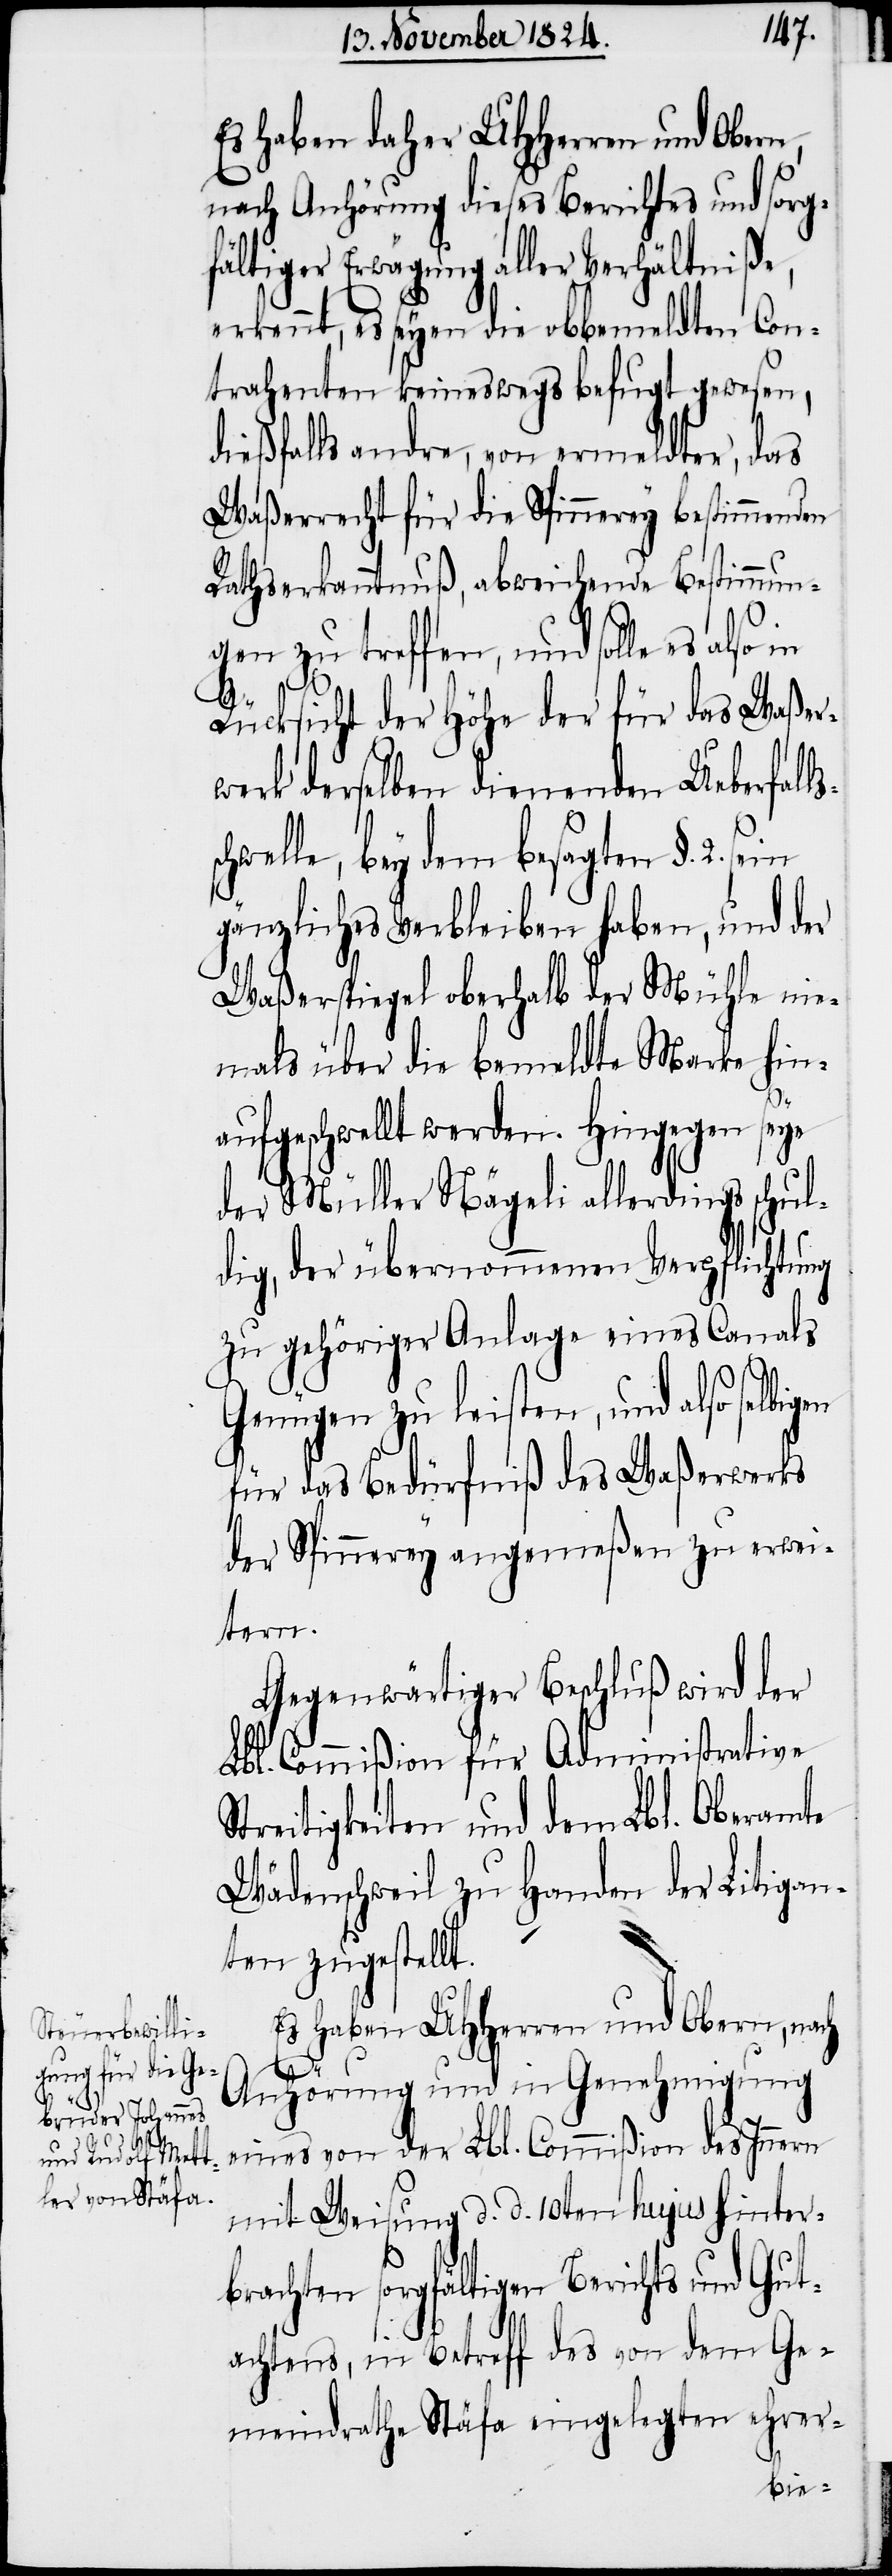
Es haben daher UHHerren und Obern,
nach Anhörung dieses Berichtes und sorg¬
fältiger Erwägung aller Verhältniße,
erkennt, es seyen die obbemeldten Con¬
trahenden keineswegs befugt gewesen,
dießfalls andre, von ermeldter, das
Waßerrecht für die Spinnerey bestimmtenden
Rathserkanntnuß, abweichende Bestimmun¬
gen zu treffen, und solle es also in
Rücksicht der Höhe der für das Waßer¬
werk derselben dienenden Ueberfall¬
chwelle, bey dem besagten §. 2.
gänzliches Verbleiben haben, und der
Waßerspiegel oberhalb der Mühle nie¬
mals über die bemeldte Marke hin¬
aufgeschwellt werden. Hingegen seye
der Müller Nägeli allerdings schu¬
ldig, der übernommenen Verpflichtung
zu gehöriger Anlage eines Canals
Genügen zu leisten, und also sel¬
für das Bedürfniß des Waßerwerks
der Spinnerey angemeßen zu erwei¬
tern.
Gegenwärtiger Beschluß wird der
Lbl. Commißion für Administrative
Streitigkeiten und dem Lbl. Oberamte
Wädenschweil zu Handen der Litigan¬
ten zugestellt.
Es haben UHHerren und Obern, nach
ss¬
Anhörung und in Genehmigung
eines von der Lbl. Commißion des Innern
mit Weisung d. d. 10ten hujus hinter¬
brachten sorgfältigen Berichts und Gut¬
achtens, in Betreff des von dem Ge¬
meindrathe Stäfa eingelegten ehrer-
bigen